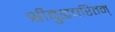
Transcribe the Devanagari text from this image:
श्रीबुद्धचरितम्